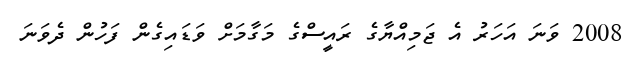
2008 ވަނަ އަހަރު އެ ޖަމިއްޔާގެ ރައީސްގެ މަގާމަށް ވަޑައިގެން ފަހުން ދެވަނަ